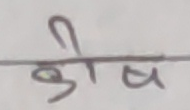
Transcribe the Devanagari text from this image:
किष